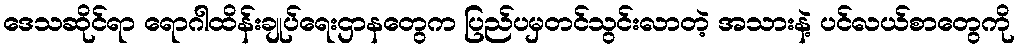
ဒေသဆိုင်ရာ ရောဂါထိန်းချုပ်ရေးဌာနတွေက ပြည်ပမှတင်သွင်းလာတဲ့ အသားနဲ့ ပင်လယ်စာတွေကို